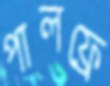
পালফ্রে